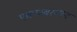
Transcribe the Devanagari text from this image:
एकाम्बरनाथ